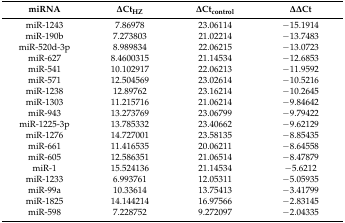
<table><thead><tr><td><b>miRNA</b></td><td><b>ΔCt<sub>HZ</sub></b></td><td><b>ΔCt<sub>control</sub></b></td><td><b>ΔΔCt</b></td></tr></thead><tbody><tr><td>miR-1243</td><td>7.86978</td><td>23.06114</td><td>−15.1914</td></tr><tr><td>miR-190b</td><td>7.273803</td><td>21.02214</td><td>−13.7483</td></tr><tr><td>miR-520d-3p</td><td>8.989834</td><td>22.06215</td><td>−13.0723</td></tr><tr><td>miR-627</td><td>8.4600315</td><td>21.14534</td><td>−12.6853</td></tr><tr><td>miR-541</td><td>10.102917</td><td>22.06213</td><td>−11.9592</td></tr><tr><td>miR-571</td><td>12.504569</td><td>23.02614</td><td>−10.5216</td></tr><tr><td>miR-1238</td><td>12.89762</td><td>23.16214</td><td>−10.2645</td></tr><tr><td>miR-1303</td><td>11.215716</td><td>21.06214</td><td>−9.84642</td></tr><tr><td>miR-943</td><td>13.273769</td><td>23.06799</td><td>−9.79422</td></tr><tr><td>miR-1225-3p</td><td>13.785332</td><td>23.40662</td><td>−9.62129</td></tr><tr><td>miR-1276</td><td>14.727001</td><td>23.58135</td><td>−8.85435</td></tr><tr><td>miR-661</td><td>11.416535</td><td>20.06211</td><td>−8.64558</td></tr><tr><td>miR-605</td><td>12.586351</td><td>21.06514</td><td>−8.47879</td></tr><tr><td>miR-1</td><td>15.524136</td><td>21.14534</td><td>−5.6212</td></tr><tr><td>miR-1233</td><td>6.993761</td><td>12.05311</td><td>−5.05935</td></tr><tr><td>miR-99a</td><td>10.33614</td><td>13.75413</td><td>−3.41799</td></tr><tr><td>miR-1825</td><td>14.144214</td><td>16.97566</td><td>−2.83145</td></tr><tr><td>miR-598</td><td>7.228752</td><td>9.272097</td><td>−2.04335</td></tr></tbody></table>